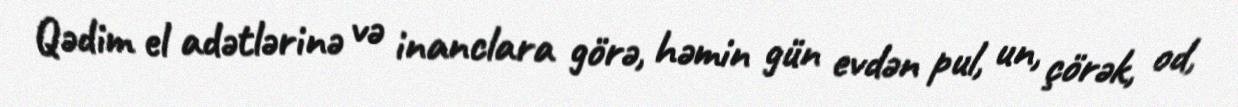
Qədim el adətlərinə və inanclara görə, həmin gün evdən pul, un, çörək, od,